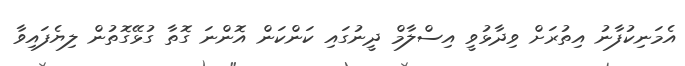
އެމަނިކުފާނު އިތުރަށް ވިދާޅުވީ އިސްލާމް ދީނުގައި ކަންކަން އޮންނަ ގޮތާ ގުޅޭގޮތުން ލިޔެފައިވާ